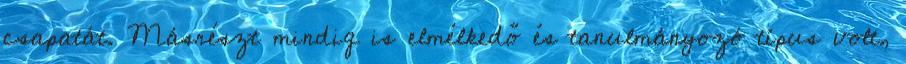
csapatát. Másrészt mindig is elmélkedő és tanulmányozó típus volt,